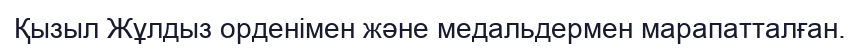
Қызыл Жұлдыз орденімен және медальдермен марапатталған.